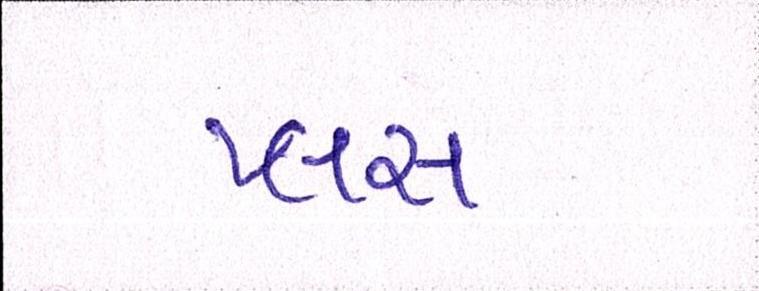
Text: પ્લસ